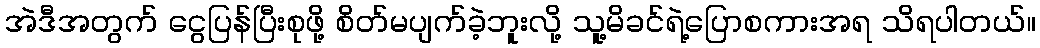
အဲဒီအတွက် ငွေပြန်ပြီးစုဖို့ စိတ်မပျက်ခဲ့ဘူးလို့ သူ့မိခင်ရဲ့ပြောစကားအရ သိရပါတယ်။